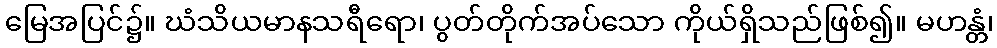
မြေအပြင်၌။ ဃံသိယမာနသရီရော၊ ပွတ်တိုက်အပ်သော ကိုယ်ရှိသည်ဖြစ်၍။ မဟန္တံ၊